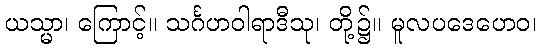
ယသ္မာ၊ ကြောင့်။ သင်္ဂဟဝါရာဒီသု၊ တို့၌။ မူလပဒေဟေဝ၊